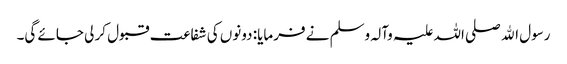
رسول اﷲ صلی اللہ علیہ وآلہ وسلم نے فرمایا: دونوں کی شفاعت قبول کر لی جائے گی۔